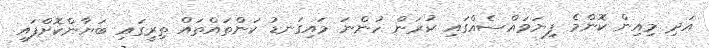
އަދި މިއިން ކޮންމެ ފިޔަވައްސެއްގައި ކުރަން ހުންނަ މައިގަނޑު ކަންތައްތައް ތިރީގައި ބަޔާންކޮށްފައި